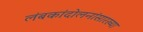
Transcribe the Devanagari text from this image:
लंबकांदोलनांसारख्या